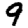
Digit: 9